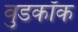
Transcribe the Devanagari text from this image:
वुडकॉक